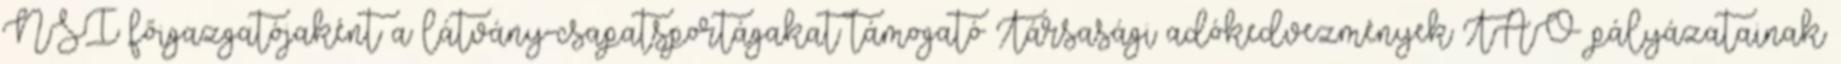
NSI főigazgatójaként a látvány-csapatsportágakat támogató Társasági adókedvezmények TAO pályázatainak